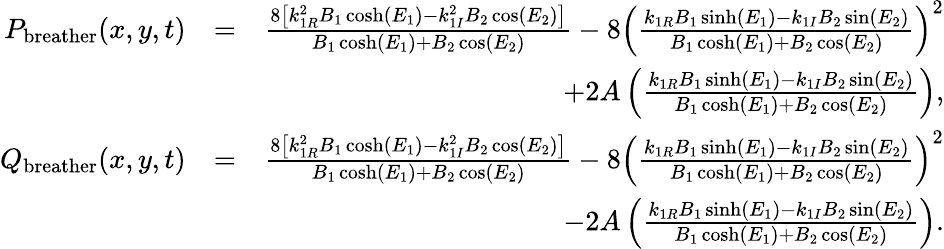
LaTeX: \begin{array}{rlr}{P_{\mathrm{breather}}(x,y,t)}&{=}&{\frac{8\left[k_{1R}^{2}B_{1}\cosh(E_{1})-k_{1I}^{2}B_{2}\cos(E_{2})\right]}{B_{1}\cosh(E_{1})+B_{2}\cos(E_{2})}-8\left(\frac{k_{1R}B_{1}\sinh(E_{1})-k_{1I}B_{2}\sin(E_{2})}{B_{1}\cosh(E_{1})+B_{2}\cos(E_{2})}\right)^{2}}\\ &{}&{\qquad+2A\left(\frac{k_{1R}B_{1}\sinh(E_{1})-k_{1I}B_{2}\sin(E_{2})}{B_{1}\cosh(E_{1})+B_{2}\cos(E_{2})}\right),}\\ {Q_{\mathrm{breather}}(x,y,t)}&{=}&{\frac{8\left[k_{1R}^{2}B_{1}\cosh(E_{1})-k_{1I}^{2}B_{2}\cos(E_{2})\right]}{B_{1}\cosh(E_{1})+B_{2}\cos(E_{2})}-8\left(\frac{k_{1R}B_{1}\sinh(E_{1})-k_{1I}B_{2}\sin(E_{2})}{B_{1}\cosh(E_{1})+B_{2}\cos(E_{2})}\right)^{2}}\\ &{}&{\qquad-2A\left(\frac{k_{1R}B_{1}\sinh(E_{1})-k_{1I}B_{2}\sin(E_{2})}{B_{1}\cosh(E_{1})+B_{2}\cos(E_{2})}\right).}\end{array}